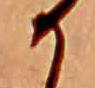
か